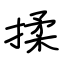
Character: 揉